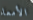
الأمعاء